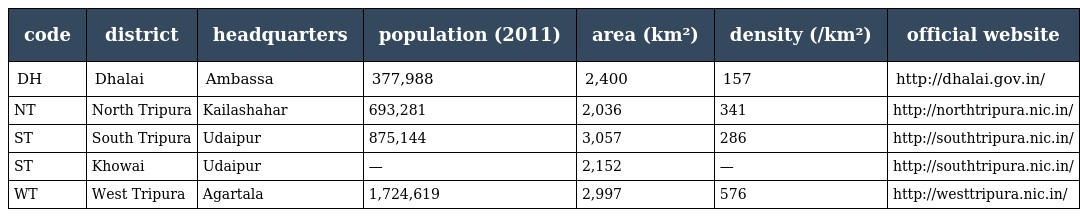
| code | district | headquarters | population (2011) | area (km²) | density (/km²) | official website |
 | --- | --- | --- | --- | --- | --- | --- |
 | DH | Dhalai | Ambassa | 377,988 | 2,400 | 157 | http://dhalai.gov.in/ |
 | NT | North Tripura | Kailashahar | 693,281 | 2,036 | 341 | http://northtripura.nic.in/ |
 | ST | South Tripura | Udaipur | 875,144 | 3,057 | 286 | http://southtripura.nic.in/ |
 | ST | Khowai | Udaipur | — | 2,152 | — | http://southtripura.nic.in/ |
 | WT | West Tripura | Agartala | 1,724,619 | 2,997 | 576 | http://westtripura.nic.in/ |